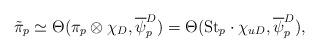
LaTeX: \begin{align*} \tilde{\pi}_p \simeq \Theta(\pi_p \otimes \chi_D, \overline{\psi}_p^{D}) = \Theta(\mathrm{St}_p\cdot \chi_{u D}, \overline{\psi}_p^{D}),\end{align*}